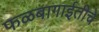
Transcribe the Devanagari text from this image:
फळबागाईतीचे